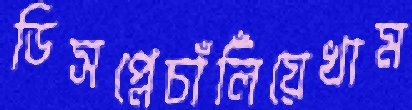
ডিসপ্লেচাঁলিঁয়েখাম